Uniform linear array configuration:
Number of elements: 4
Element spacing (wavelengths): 0.25
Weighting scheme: cosine
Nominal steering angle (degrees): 15
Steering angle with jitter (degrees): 13.723
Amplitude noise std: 0.05
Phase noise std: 0.05

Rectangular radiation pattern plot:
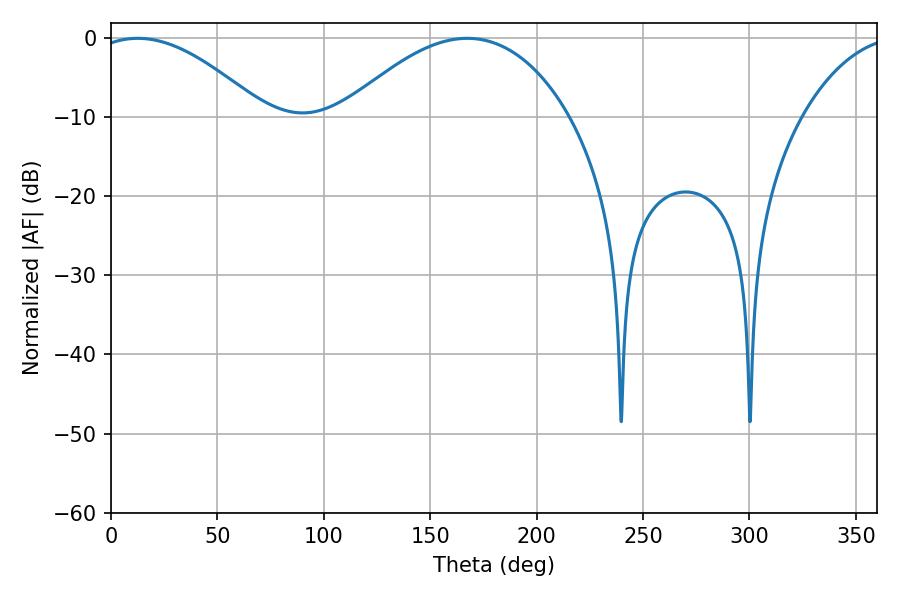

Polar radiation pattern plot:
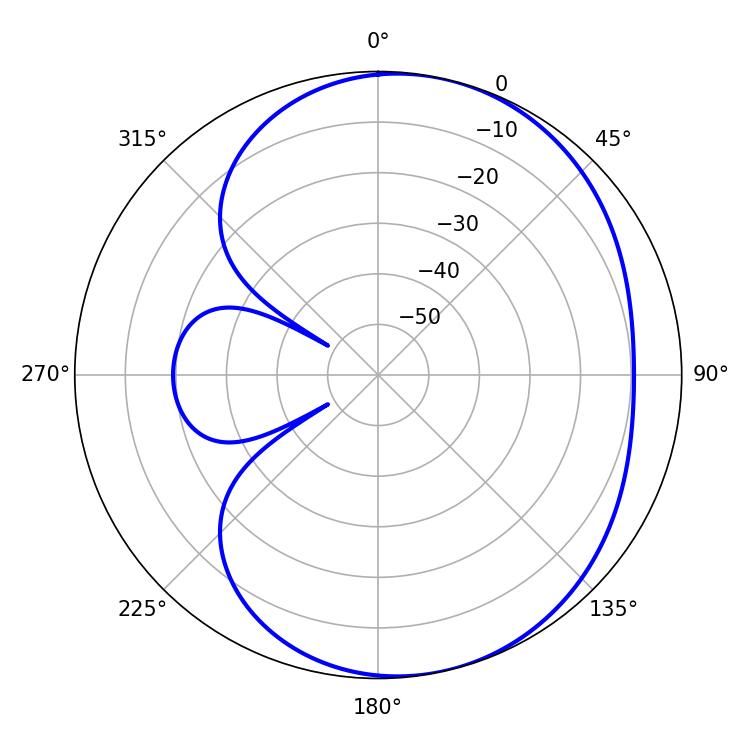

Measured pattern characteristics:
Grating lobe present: FALSE
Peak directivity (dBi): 5.151
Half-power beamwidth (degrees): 44.1
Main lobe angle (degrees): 12.6